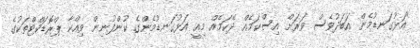
"އަޅުގަނޑުމެން އަބަދުވެސް ވަރަށް އިސްކަމެއް ދޭކަމެއް މިއީ އަޅުގަނޑުމެންގެ ކުންފުނިން ވިއްކާ ޕްރޮޑަކްޓްތަކުގެ